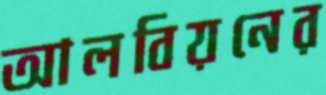
আলবিয়নের